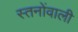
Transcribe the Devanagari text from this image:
स्तनोंवाली